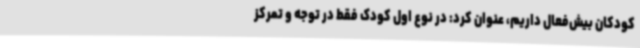
کودکان بیش‌فعال داریم، عنوان کرد: در نوع اول کودک فقط در توجه و تمرکز